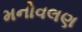
મનોવલણ